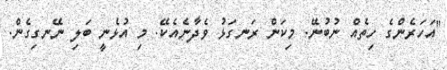
"އަހަރެންގެ ހިތެއް ނުބުނޭ. މިކަން ރަނގަޅު ވެދާނެއެކޭ. މި އުޅެނީ ބަލި ނޭނގިގެން.